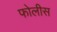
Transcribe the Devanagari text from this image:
फोलीस